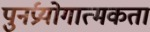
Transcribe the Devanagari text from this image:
पुनर्प्रयोगात्मकता